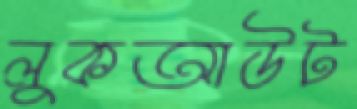
লুকআউট